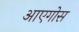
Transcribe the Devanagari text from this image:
आएगोस